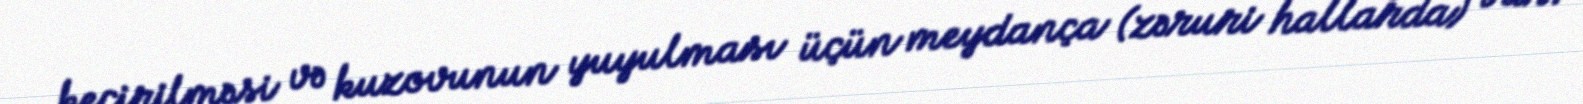
keçirilməsi və kuzovunun yuyulması üçün meydança (zəruri hallarda) var.